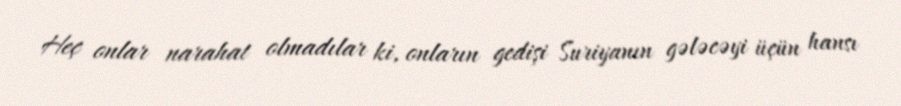
Heç onlar narahat olmadılar ki, onların gedişi Suriyanın gələcəyi üçün hansı